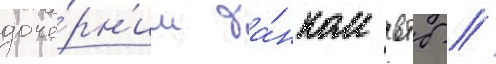
доче́рн'им ба́нком втб //